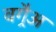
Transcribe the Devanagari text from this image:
वगैर्‍अ